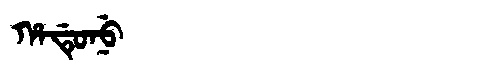
Manchu: ᡥᠠᡩᡠᠨᡠ
Romanization: HADUNU